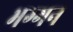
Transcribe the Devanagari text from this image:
भग्गन